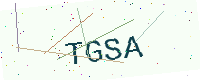
Text: TGSA